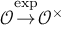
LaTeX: { \mathcal { O } } { \stackrel { \exp } { \to } } { \mathcal { O } } ^ { \times }